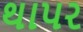
થાપર